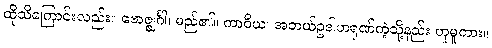
ထိုသိကြောင်းလည်း။ ဗောဇ္ဈင်္ဂါ၊ မည်၏။ ကာဝိယ၊ အဘယ်ဥဒါဟရုဏ်ကဲ့သို့နည်း ဟူမူကား။